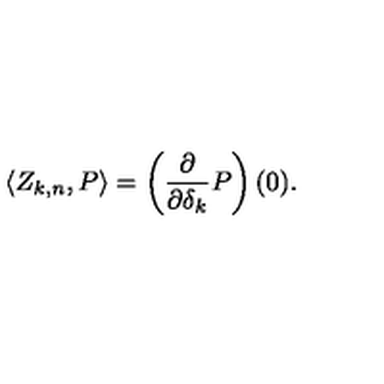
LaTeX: \langle Z _ { k , n } , P \rangle = \left( { \frac { \partial } { \partial \delta _ { k } } } P \right) ( 0 ) .